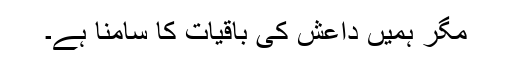
مگر ہمیں داعش کی باقیات کا سامنا ہے۔